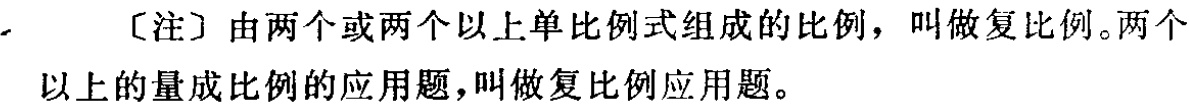
[注] 由两个或两个以上单比例式组成的比例，叫做复比例。两个以上的量成比例的应用题，叫做复比例应用题。